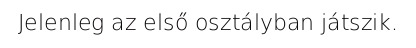
Jelenleg az első osztályban játszik.